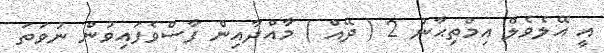
އީ އޭލެވެލް އިމްތިޙާނު 2 ( ދޭއް ) މާއްދާއިން ފާސްވެފައިވުން ނުވަތަ